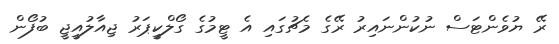
ރޭ ޔުވެންޓަސް ނުކުންނައިރު ރޭގެ މެޗުގައި އެ ޓީމުގެ ގޯލްކީޕަރު ޖިއާލުއީޖީ ބުފޯން